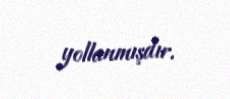
yollanmışdır.